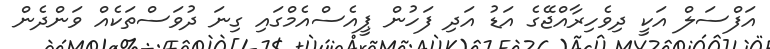
އަފްސަލް އަކީ ދިވެހިރާއްޖޭގެ އަޑު އަދި ފަހުން ޕީއެސްއެމްގައި ގިނަ ދުވަސްތަކެއް ވަންދެން